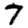
Digit: 7